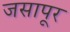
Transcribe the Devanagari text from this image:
जसापूर